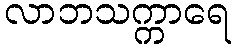
လာဘသက္ကာရေ